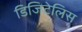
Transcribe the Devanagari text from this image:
डिजिटेलिस